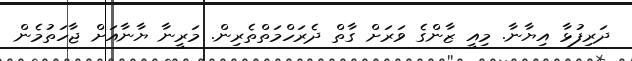
ދަރިފުޅާ އިޔާނާ. މިއީ ޒާންގެ ވަރަށް ގާތް ދެރަހްމަތްތެރިން. މަރީނާ ޔާނާއަށް ޖާހަތުމެން